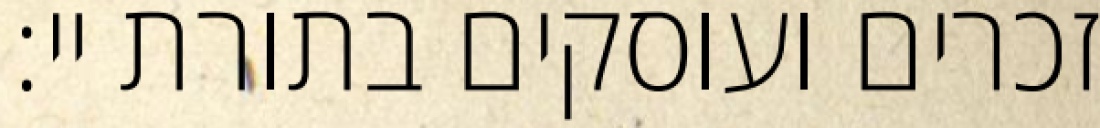
זכרים ועוסקים בתורת יי: